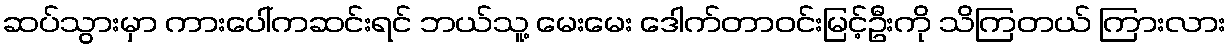
ဆပ်သွားမှာ ကားပေါ်ကဆင်းရင် ဘယ်သူ့ မေးမေး ဒေါက်တာဝင်းမြင့်ဦးကို သိကြတယ် ကြားလား